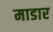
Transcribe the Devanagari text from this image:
माडार